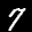
Label: 7